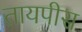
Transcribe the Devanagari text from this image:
तायपीस